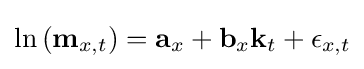
\ln {(\mathbf {m} _{x,t})}=\mathbf {a} _{x}+\mathbf {b} _{x}\mathbf {k} _{t}+\epsilon _{x,t}